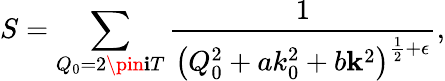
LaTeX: S=\sum_{Q_{0}=2\pin\mathbf{i}T}\frac{{1}}{{\left(Q_{0}^{2}+ak_{0}^{2}+b{\mathbf{k}}^{2}\right)^{\frac{1}{2}+\epsilon}}},